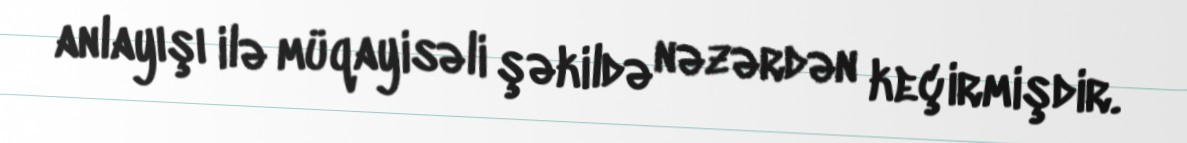
anlayışı ilə müqayisəli şəkildə nəzərdən keçirmişdir.